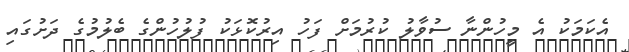
އެކަމަކު އެ މީހުންނާ ސުވާލު ކުރުމަށް ފަހު އިރުކޮޅަކު ފުލުހުންގެ ބެލުމުގެ ދަށުގައި